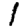
Digit: 1